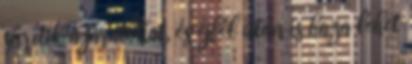
sűrítik a járatokat, és éjfél után is haza lehet